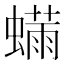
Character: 𬠬